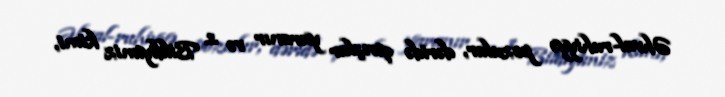
Əhval-ruhiyyə pozulur, dəridə qırışlar yaranır və s. Bildiyimiz kimi,